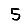
Digit: 5